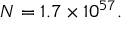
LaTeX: N = 1 . 7 \times 1 0 ^ { 5 7 } .